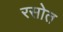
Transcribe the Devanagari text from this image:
रसोत